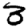
Digit: 3